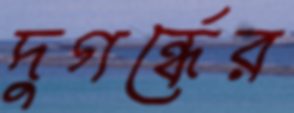
দুগর্ন্ধের